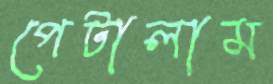
পেটালাম